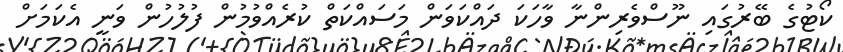
ކޯޓުގެ ބޭރުގައި ނޫސްވެރިންނާ ވާހަކަ ދައްކަވަން މަސައްކަތް ކުރެއްވުމުން ފުލުހުން ވަނީ އެކަމަށް